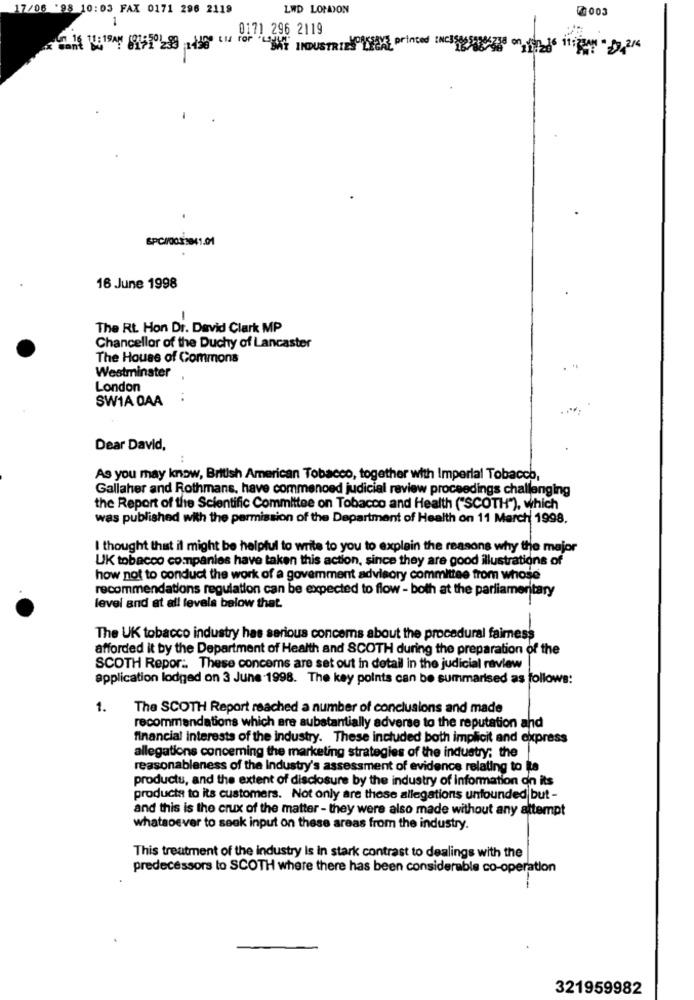
17/06 '98 10:03 FAX 0171 296 2119
LWD LONDON
003
1
0171 296 2119
"SAT INDUSTRIEWHERE printed INcsgo on Las -
16 June 1998
The Rt. Hon Dr. David Clark MP
Chancellor of the Duchy of Lancaster
The House of Commons
Westminster
London
SWIA DAA
Dear David,
As you may know, British American Tobacco, together with Imperial Tobacco,
Gallaher and Rothmans, have commenced judicial review proceedings challenging
the Report of the Scientific Committee on Tobacco and Health ("SCOTH"), which
was published with the permission of the Department of Health on 11 March 1998,
I thought that il might be helpful to write to you to explain the reasons why the major
UK tobacco companies have taken this action, since they are good illustrations of
how not to conduct the work of a govemment advisory committee from whose
recommendations regulation can be expected to flow - both at the parliamentary
level and at all levels below that.
The UK tobacco industry has serious concerns about the procedural fairness
afforded it by the Department of Health and SCOTH during the preparation of the
SCOTH Repor :. These concerns are set out in detail in the judicial review
application lodged on 3 June 1998. The key points can be summarised as follows:
1.
The SCOTH Report reached a number of conclusions and made
recommendations which are substantially adverse to the reputation and
financial interests of the industry. These included both implicit and express
allegations concerning the marketing strategies of the industry; the
reasonableness of the Industry's assessment of evidence relating to La
productu, and the extent of disclosure by the industry of information on its
products to its customers. Not only are these allegations unfounded but -
and this is the crux of the matter - they were also made without any attempt
whatsoever to seek input on these areas from the industry.
This treatment of the industry Is In stark contrast to dealings with the
predecessors to SCOTH where there has been considerable co-operation
321959982